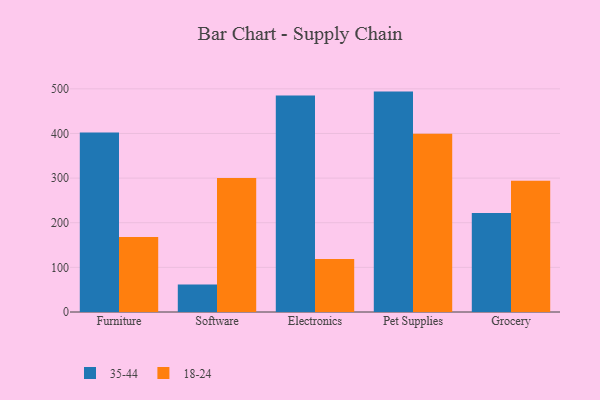
{"axis": {"x": "Category", "y": "Conversion Rate (%)"}, "legend": ["18-24", "35-44"], "data": [{"x": "Furniture", "y": 402.2, "type": "35-44"}, {"x": "Furniture", "y": 168.0, "type": "18-24"}, {"x": "Software", "y": 61.4, "type": "35-44"}, {"x": "Software", "y": 300.4, "type": "18-24"}, {"x": "Electronics", "y": 485.2, "type": "35-44"}, {"x": "Electronics", "y": 118.5, "type": "18-24"}, {"x": "Pet Supplies", "y": 493.8, "type": "35-44"}, {"x": "Pet Supplies", "y": 399.6, "type": "18-24"}, {"x": "Grocery", "y": 222.0, "type": "35-44"}, {"x": "Grocery", "y": 294.3, "type": "18-24"}]}